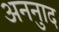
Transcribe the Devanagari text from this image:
अननुाद